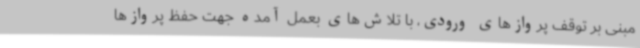
مبنی بر توقف پروازهای ورودی، با تلاش‌های بعمل آمده جهت حفظ پروازها